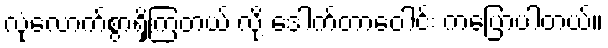
လုံလောက်စွာရှိကြတယ် လို့ ဒေါက်တာဝေါင်း ကပြောပါတယ်။